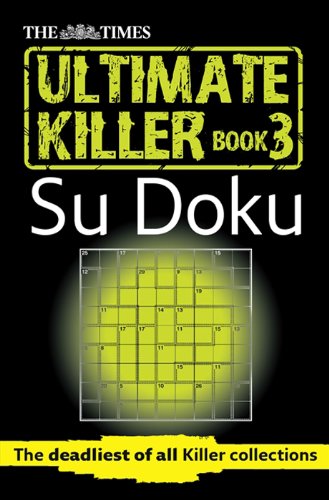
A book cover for The Times Ultimate Killer Su Doku Book 3; The Times Mind Games; Humor & Entertainment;